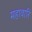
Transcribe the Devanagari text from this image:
महावारि